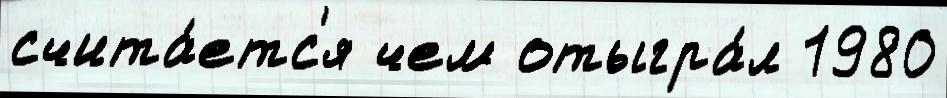
счита́етс'я чем отыгра́л 1980